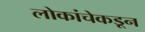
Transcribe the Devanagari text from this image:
लोकांचेकडून